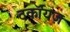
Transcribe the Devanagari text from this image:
टर्कॉयज़